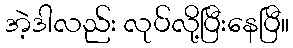
အဲ့ဒါလည်း လုပ်လို့ပြီးနေပြီ။